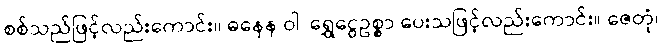
စစ်သည်ဖြင့်လည်းကောင်း။ ဓနေန ဝါ၊ ရွှေငွေဥစ္စာ ပေးသဖြင့်လည်းကောင်း။ ဇေတုံ၊